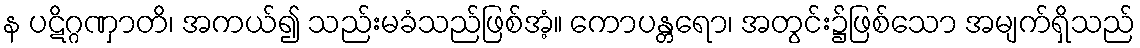
န ပဋိဂ္ဂဏှာတိ၊ အကယ်၍ သည်းမခံသည်ဖြစ်အံ့။ ကောပန္တရော၊ အတွင်း၌ဖြစ်သော အမျက်ရှိသည်